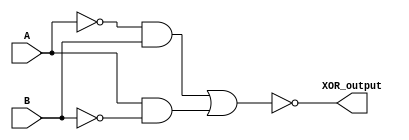
module XOR_gate(
    input A, 
    input B,
    output XOR_output
);

wire A_inv, B_inv;
wire NAND_output;

// Stage 1: Invert A and B
assign A_inv = ~A;
assign B_inv = ~B;

// Stage 2: Implement XOR using NAND gate
assign NAND_output = ~(A_inv & B | A & B_inv);

// Transmission Gate to pass XOR output signal
assign XOR_output = NAND_output;

endmodule